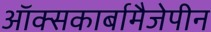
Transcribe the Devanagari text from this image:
ऑक्सकार्बामैजेपीन